Investigations on Bengal jail dietaries - Number 37
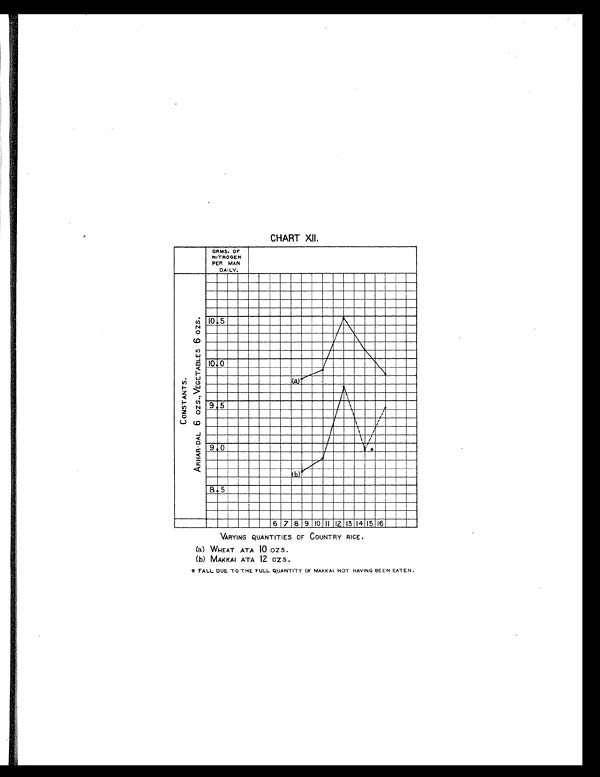
CHART XII.
VARYING QUANTITIES OF COUNTRY RICE.
(a) WHEAT ATA 10 OZS.
(b) MAKKAI ATA 12 OZS .
* FALL DUE TO THE FULL QUANTITY OF MAKKAI NOT HAVING BEEN EATEN.